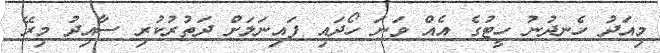
މިއަދު ހެނދުނު ހީޓުގެ އެއް ވަނަ ހޯދައި ފައިނަލަށް ދަތުރުކުރި ސާއިދު މިރޭ